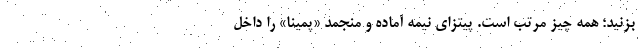
بزنید؛ همه چیز مرتب است. پیتزای نیمه آماده و منجمد «پمینا» را داخل